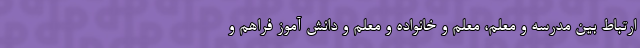
ارتباط بین مدرسه و معلم، معلم و خانواده و معلم و دانش آموز فراهم و